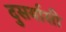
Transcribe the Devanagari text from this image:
दुसर्यासी